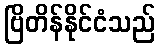
ဗြိတိန်နိုင်ငံသည်